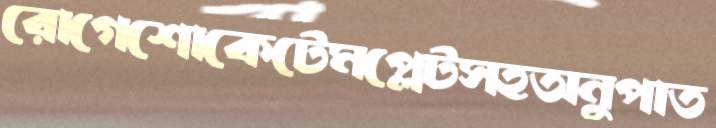
রোগেশোকেটেমপ্লেটসহঅনুপাত